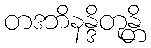
တဒဘိနန္ဒိတုန္တိ